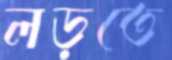
লড়তে